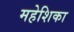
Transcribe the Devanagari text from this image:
महेशिका